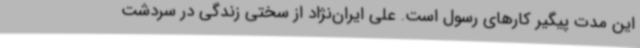
این مدت پیگیر کارهای رسول است. علی ایران‌نژاد از سختی زندگی در سردشت